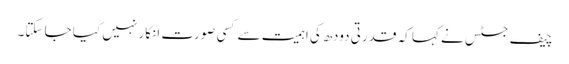
چیف جسٹس نے کہا کہ قدرتی دودھ کی اہمیت سے کسی صورت انکار نہیں کیا جا سکتا۔